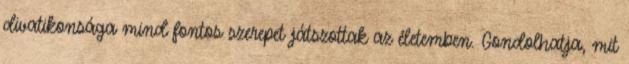
divat­ikonsága mind fontos szerepet játszottak az éle­temben. Gondolhatja, mit